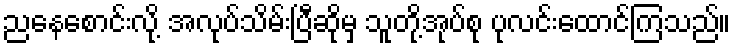
ညနေစောင်းလို့ အလုပ်သိမ်းပြီဆိုမှ သူတို့အုပ်စု ပုလင်းထောင်ကြသည်။